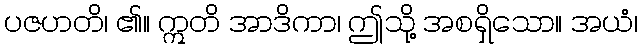
ပဇဟတိ၊ ၏။ ဣတိ အာဒိကာ၊ ဤသို့ အစရှိသော။ အယံ၊